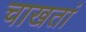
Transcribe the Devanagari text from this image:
चाखतां